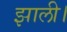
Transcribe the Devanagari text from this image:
झाली।